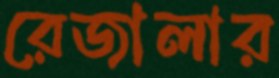
রেজালার